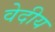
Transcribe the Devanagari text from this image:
वेदीय